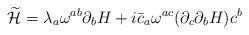
LaTeX: \begin{align*}\widetilde{\cal H}=\lambda_a\omega^{ab}\partial_bH+i\bar{c}_a\omega^{ac}(\partial_c\partial_bH)c^b\end{align*}